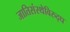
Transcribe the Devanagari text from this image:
जातिसंस्थेविरुद्ध